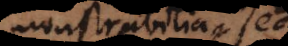
monstrabilia, s